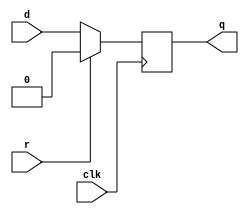
module top_module (
    input clk,
    input d, 
    input r,   // synchronous reset
    output q);
reg q_reg;

always @(posedge clk)begin
    if(r)begin
        q_reg <= 0;
    end
    else begin
        q_reg <= d;
    end
end
assign q = q_reg;
endmodule